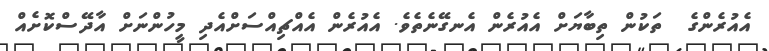
އެއުރެންގެ  ތަކުން ތިބާޔަށް އެއުރެން އެނގޭނެތެވެ. އެއުރެން އެއްޗިއްސަށްއެދި މީހުންނަށް އާދޭސްކޮށެއް